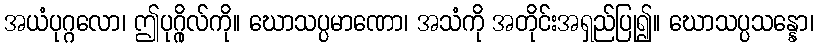
အယံပုဂ္ဂလော၊ ဤပုဂ္ဂိုလ်ကို။ ဃောသပ္ပမာဏော၊ အသံကို အတိုင်းအရှည်ပြု၍။ ဃောသပ္ပသန္နော၊